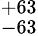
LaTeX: ^{+63}_{-63}